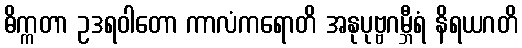
ဓိက္ကတာ ဥဒရဝါတော ကာလံကရောတိ အနုပုဗ္ဗဂမ္ဘီရံ နိရယဂတိ